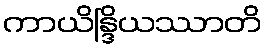
ကာယိန္ဒြိယဿာတိ